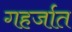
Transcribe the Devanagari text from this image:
गहर्जात